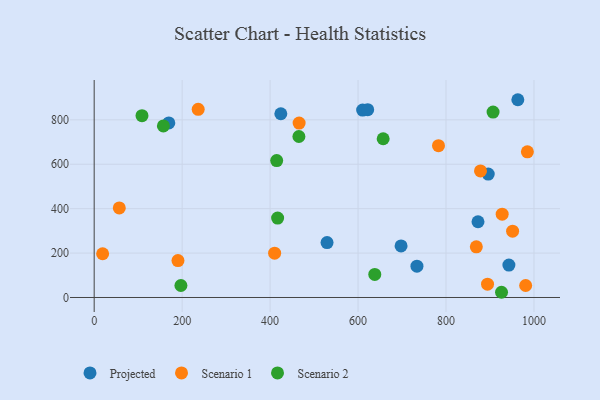
{"axis": {"x": "Speed", "y": "Sales"}, "legend": ["Projected", "Scenario 1", "Scenario 2"], "data": [{"x": "896.0", "y": 555.9, "type": "Projected"}, {"x": "424.4", "y": 827.3, "type": "Projected"}, {"x": "872.7", "y": 341.0, "type": "Projected"}, {"x": "733.9", "y": 141.0, "type": "Projected"}, {"x": "943.0", "y": 146.0, "type": "Projected"}, {"x": "697.8", "y": 232.2, "type": "Projected"}, {"x": "610.4", "y": 843.7, "type": "Projected"}, {"x": "529.5", "y": 247.2, "type": "Projected"}, {"x": "169.7", "y": 786.1, "type": "Projected"}, {"x": "621.9", "y": 845.7, "type": "Projected"}, {"x": "963.3", "y": 890.5, "type": "Projected"}, {"x": "894.4", "y": 59.8, "type": "Scenario 1"}, {"x": "878.4", "y": 570.0, "type": "Scenario 1"}, {"x": "236.5", "y": 847.1, "type": "Scenario 1"}, {"x": "410.3", "y": 199.6, "type": "Scenario 1"}, {"x": "190.5", "y": 166.1, "type": "Scenario 1"}, {"x": "19.2", "y": 197.0, "type": "Scenario 1"}, {"x": "927.7", "y": 375.2, "type": "Scenario 1"}, {"x": "782.9", "y": 683.5, "type": "Scenario 1"}, {"x": "951.4", "y": 298.4, "type": "Scenario 1"}, {"x": "57.1", "y": 403.1, "type": "Scenario 1"}, {"x": "466.0", "y": 785.3, "type": "Scenario 1"}, {"x": "981.1", "y": 53.9, "type": "Scenario 1"}, {"x": "985.0", "y": 655.8, "type": "Scenario 1"}, {"x": "868.9", "y": 228.2, "type": "Scenario 1"}, {"x": "926.2", "y": 23.5, "type": "Scenario 2"}, {"x": "907.0", "y": 835.1, "type": "Scenario 2"}, {"x": "417.1", "y": 357.8, "type": "Scenario 2"}, {"x": "197.2", "y": 53.9, "type": "Scenario 2"}, {"x": "415.0", "y": 616.5, "type": "Scenario 2"}, {"x": "465.5", "y": 724.9, "type": "Scenario 2"}, {"x": "108.7", "y": 818.7, "type": "Scenario 2"}, {"x": "657.1", "y": 714.7, "type": "Scenario 2"}, {"x": "157.4", "y": 772.6, "type": "Scenario 2"}, {"x": "638.0", "y": 103.7, "type": "Scenario 2"}]}